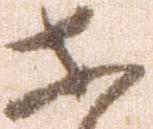
等